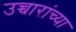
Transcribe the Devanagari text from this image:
उच्चारांच्या